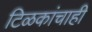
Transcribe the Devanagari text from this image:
टिळकांचाही